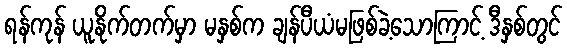
ရန်ကုန် ယူနိုက်တက်မှာ မနှစ်က ချန်ပီယံမဖြစ်ခဲ့သောကြာင့် ဒီနှစ်တွင်